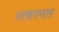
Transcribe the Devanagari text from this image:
नकायस